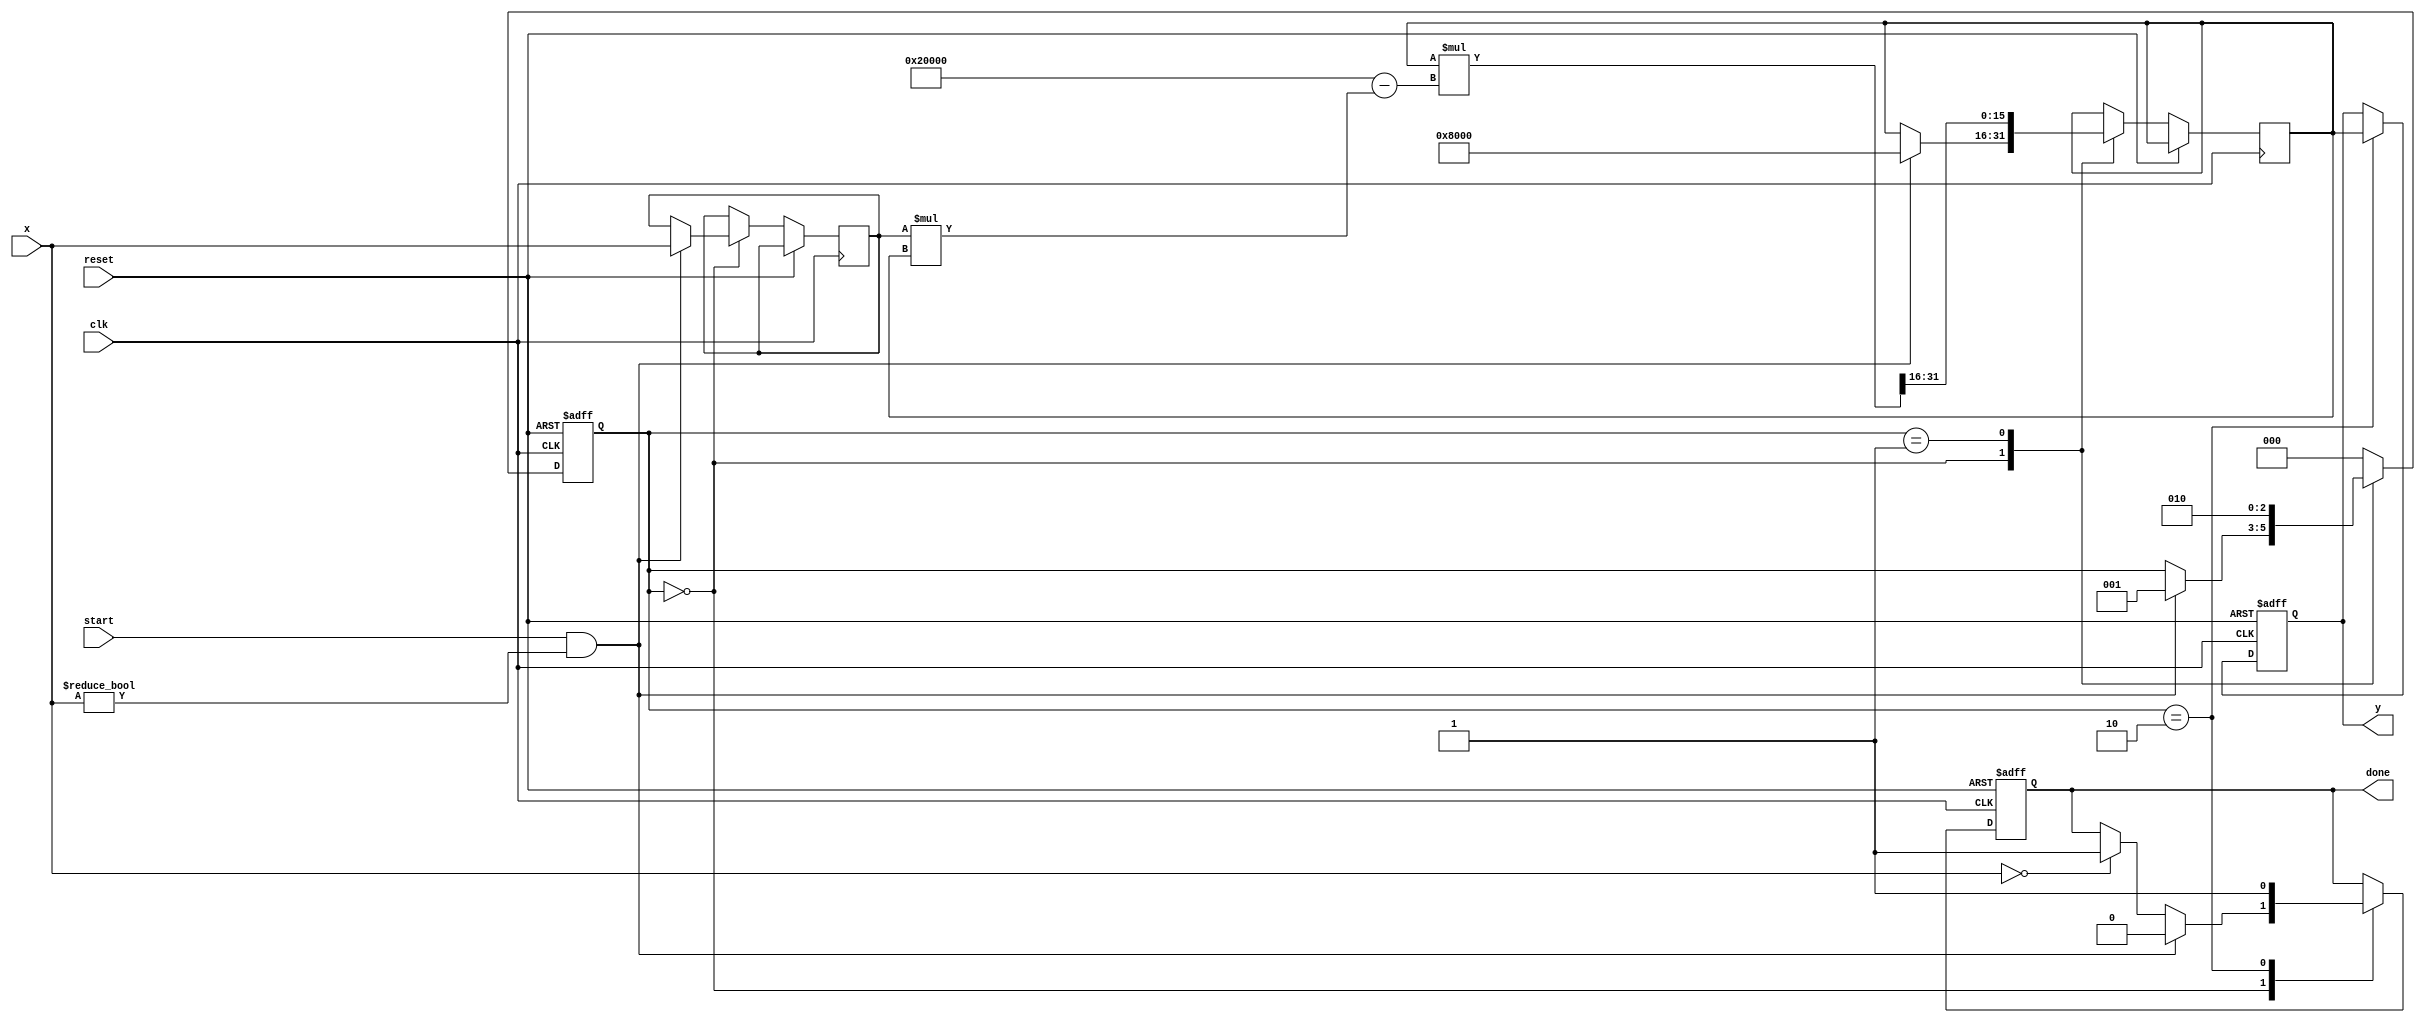
module FractionalReciprocal (
    input wire clk,
    input wire reset,
    input wire start,
    input wire [n-1:0] x,    // Input: binary fractional number (0 to 1)
    output reg [m-1:0] y,     // Output: reciprocal (1/x)
    output reg done            // Done signal
);
parameter n = 16; // Number of bits for input (0 to 1)
parameter m = 16; // Number of bits for output reciprocal
parameter ITERATIONS = 5; // Number of Newton-Raphson iterations

// Internal variables
reg [n-1:0] x_reg;
reg [m-1:0] reciprocal_guess;
reg [2*m-1:0] temp;

// State encoding
reg [2:0] state;
localparam IDLE = 3'b000,
           COMPUTE = 3'b001,
           DONE = 3'b010;

integer i;

// Control logic
always @(posedge clk or posedge reset) begin
    if (reset) begin
        state <= IDLE;
        done <= 0;
        y <= 0;
    end else begin
        case (state)
            IDLE: begin
                if (start && x != 0) begin
                    x_reg <= x; // Register input x
                    reciprocal_guess <= {1'b1, {(m-1){1'b0}}}; // Initial guess 1
                    state <= COMPUTE;
                    done <= 0;
                end else begin
                    // Handle invalid input (zero)
                    done <= (x == 0) ? 1 : done; 
                end
            end

            COMPUTE: begin
                for (i = 0; i < ITERATIONS; i = i + 1) begin
                    // Newton-Raphson Update: r_{n+1} = r_n * (2 - x * r_n)
                    temp = reciprocal_guess * (2 * (1 << m) - x_reg * reciprocal_guess);
                    reciprocal_guess <= temp >> m; // Shift to maintain precision
                end
                state <= DONE;
            end

            DONE: begin
                y <= reciprocal_guess;
                done <= 1; // Indicate that the computation is complete
                state <= IDLE; // Reset to IDLE state
            end

            default: state <= IDLE; // Safety default
        endcase
    end
end

endmodule